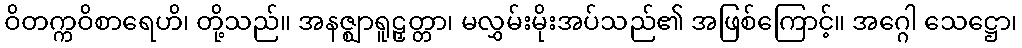
ဝိတက္ကဝိစာရေဟိ၊ တို့သည်။ အနဇ္ဈာရူဠှတ္တာ၊ မလွှမ်းမိုးအပ်သည်၏ အဖြစ်ကြောင့်။ အဂ္ဂေါ သေဋ္ဌော၊